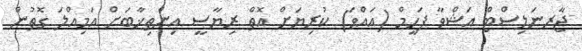
ޖާރނަލިސްޓް އަޝްވާ ފަހީމް (އައްވަ) ކުރިޔަށް އޮތް ރިޔާސީ އިންތިޚާބަށް އަމިއްލަ ގޮތުން